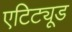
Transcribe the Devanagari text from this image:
एटिट्यूड